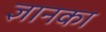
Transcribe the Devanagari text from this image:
ज्ञानका